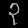
Digit: ၃